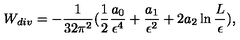
W _ { d i v } = - { \frac { 1 } { 3 2 \pi ^ { 2 } } } ( { \frac { 1 } { 2 } } { \frac { a _ { 0 } } { \epsilon ^ { 4 } } } + { \frac { a _ { 1 } } { \epsilon ^ { 2 } } } + 2 a _ { 2 } \ln { \frac { L } { \epsilon } } ) ,